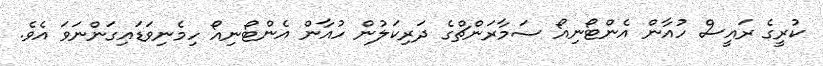
ކުރީގެ ރައީސް ހުއާން އެންޓޯނިއޯ ސަމާރަންޗްގެ ދަރިކަލުން ހުއާން އެންޓޯނިއޯ ހިމެނިވަޑައިގަންނަވަ އެވެ.